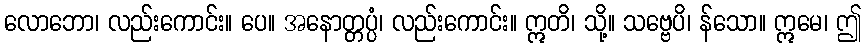
လောဘော၊ လည်းကောင်း။ ပေ။ အနောတ္တပ္ပံ၊ လည်းကောင်း။ ဣတိ၊ သို့။ သဗ္ဗေပိ၊ န်သော။ ဣမေ၊ ဤ